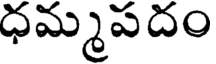
ధమ్మపదం